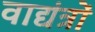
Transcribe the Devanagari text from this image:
वाद्यंत्रों